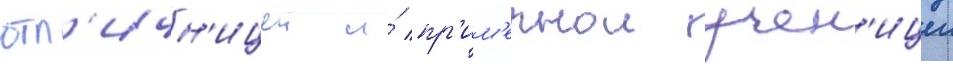
отл'ичн'ицеи и́ пр'им'ернои учен'ицеи